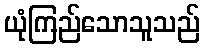
ယုံကြည်သောသူသည်